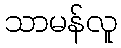
သာမန်လူ